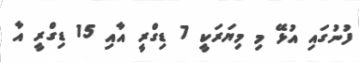
ފުނުގައި އުޅޭ މި މިޔަރަކީ 7 ޑިގްރީ އާއި 15 ޑިގްރީ އާ